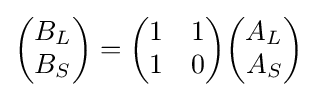
{\begin{pmatrix}B_{L}\\B_{S}\end{pmatrix}}={\begin{pmatrix}1&1\\1&0\end{pmatrix}}{\begin{pmatrix}A_{L}\\A_{S}\end{pmatrix}}